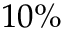
1 0 \%